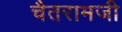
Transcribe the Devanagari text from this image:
चैतरामजी